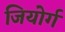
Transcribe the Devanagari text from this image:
जियोर्ग